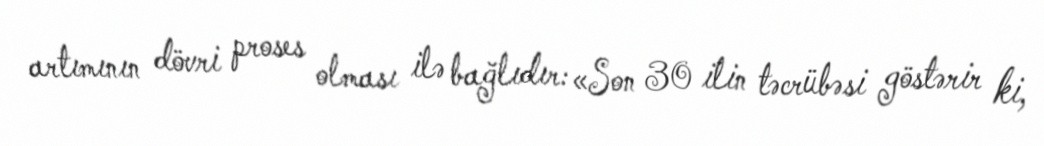
artımının dövri proses olması ilə bağlıdır: «Son 30 ilin təcrübəsi göstərir ki,